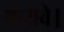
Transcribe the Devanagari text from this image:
करावे।